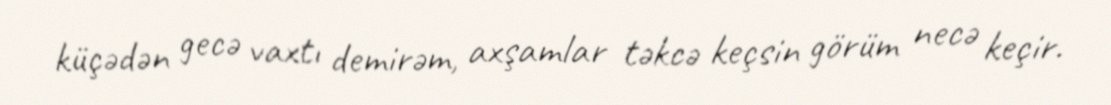
küçədən gecə vaxtı demirəm, axşamlar təkcə keçsin görüm necə keçir.